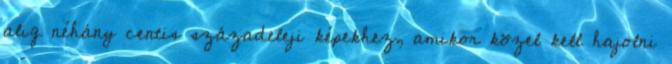
alig néhány centis századeleji képekhez, amikor közel kell hajolni